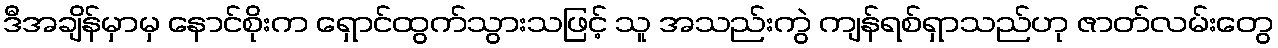
ဒီအချိန်မှာမှ နောင်စိုးက ရှောင်ထွက်သွားသဖြင့် သူ အသည်းကွဲ ကျန်ရစ်ရှာသည်ဟု ဇာတ်လမ်းတွေ